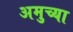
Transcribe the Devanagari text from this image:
अमुच्या